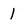
Character: 1